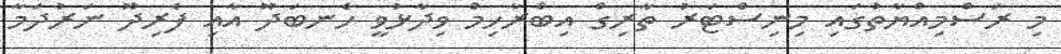
މި ރަސްމިއްޔާތުގައި މިނިސްޓަރު ތާރިގް އިބްރާހިމް ވިދާޅުވީ ހެނބަދޫ އާއި ފެރިދޫ ނަރުދަމާ